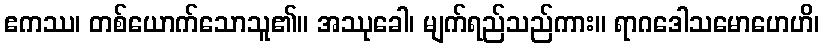
ဧကဿ၊ တစ်ယောက်သောသူ၏။ အဿုခေါ၊ မျက်ရည်သည်ကား။ ရာဂဒေါသမောဟေဟိ၊